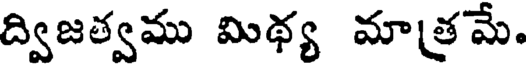
ద్విజత్వము మిథ్య మాత్రమే.